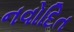
નવોદિત